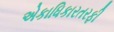
એકાધિકારતરફી